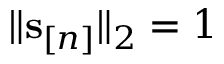
\| \mathbf s _ { [ n ] } \| _ { 2 } = 1